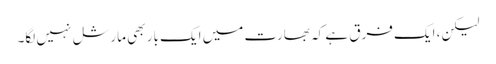
لیکن، ایک فرق ہے کہ بھارت میں ایک بار بھی مارشل نہیں لگا۔